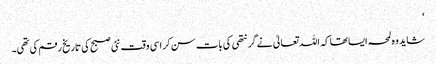
‘
شاید وہ لمحہ ایسا تھا کہ اللہ تعالیٰ نے گرنتھی کی بات سن کر اسی وقت نئی صبح کی تاریخ رقم کی تھی۔